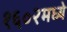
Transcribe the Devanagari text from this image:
१६०२मध्ये